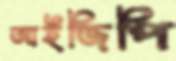
আইজিপি